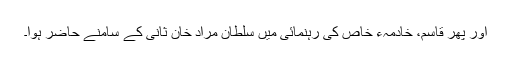
اور پھر قاسم، خادمہء خاص کی رہنمائی میں سلطان مراد خان ثانی کے سامنے حاضر ہوا۔